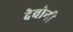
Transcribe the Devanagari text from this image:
देवोनी